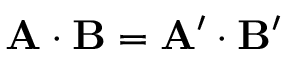
\mathbf { A } \cdot \mathbf { B } = \mathbf { A } ^ { \prime } \cdot \mathbf { B } ^ { \prime }